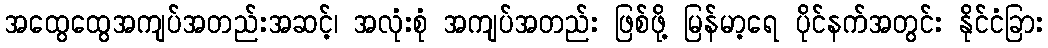
အထွေထွေအကျပ်အတည်းအဆင့်၊ အလုံးစုံ အကျပ်အတည်း ဖြစ်ဖို့ မြန်မာ့ရေ ပိုင်နက်အတွင်း နိုင်ငံခြား